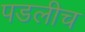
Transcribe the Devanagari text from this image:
पडलीच